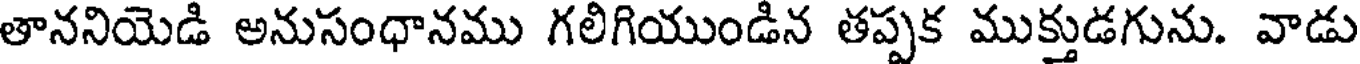
తాననియెడి అనుసంధానము గలిగియుండిన తప్పక ముక్తుడగును. వాడు